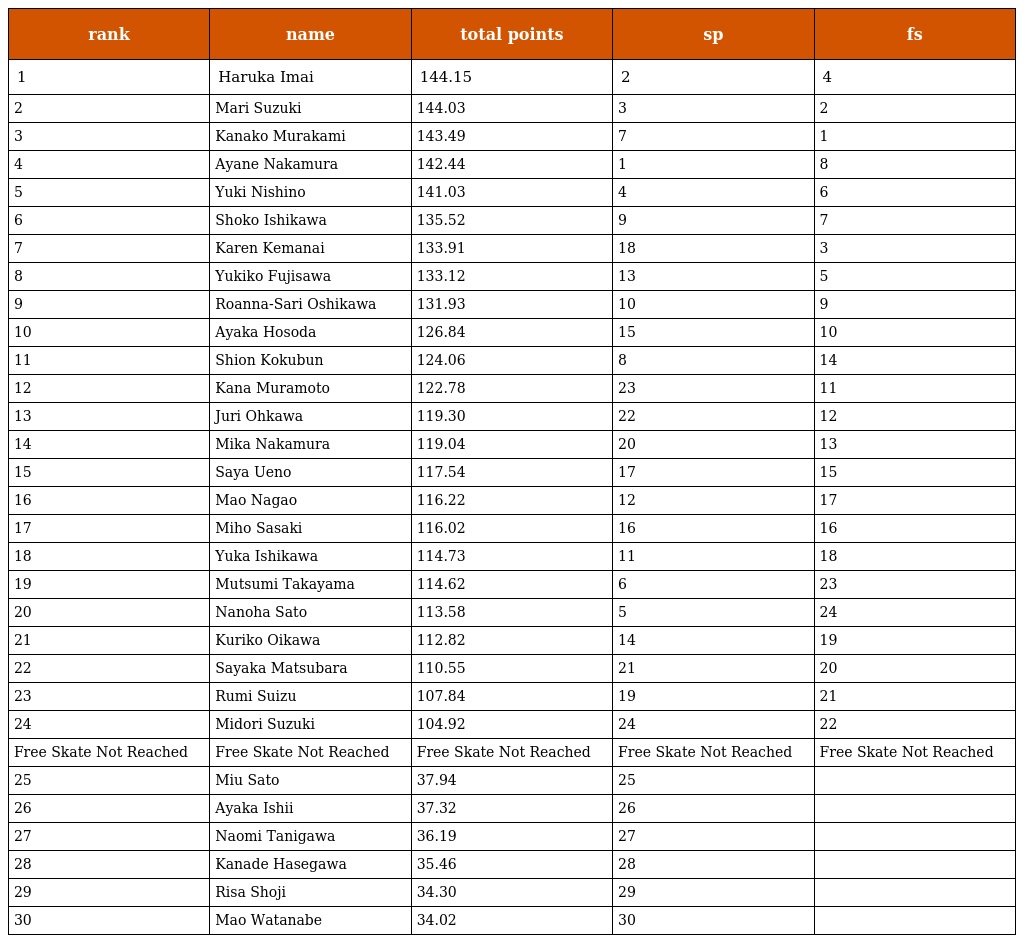
| rank | name | total points | sp | fs |
 | --- | --- | --- | --- | --- |
 | 1 | Haruka Imai | 144.15 | 2 | 4 |
 | 2 | Mari Suzuki | 144.03 | 3 | 2 |
 | 3 | Kanako Murakami | 143.49 | 7 | 1 |
 | 4 | Ayane Nakamura | 142.44 | 1 | 8 |
 | 5 | Yuki Nishino | 141.03 | 4 | 6 |
 | 6 | Shoko Ishikawa | 135.52 | 9 | 7 |
 | 7 | Karen Kemanai | 133.91 | 18 | 3 |
 | 8 | Yukiko Fujisawa | 133.12 | 13 | 5 |
 | 9 | Roanna-Sari Oshikawa | 131.93 | 10 | 9 |
 | 10 | Ayaka Hosoda | 126.84 | 15 | 10 |
 | 11 | Shion Kokubun | 124.06 | 8 | 14 |
 | 12 | Kana Muramoto | 122.78 | 23 | 11 |
 | 13 | Juri Ohkawa | 119.30 | 22 | 12 |
 | 14 | Mika Nakamura | 119.04 | 20 | 13 |
 | 15 | Saya Ueno | 117.54 | 17 | 15 |
 | 16 | Mao Nagao | 116.22 | 12 | 17 |
 | 17 | Miho Sasaki | 116.02 | 16 | 16 |
 | 18 | Yuka Ishikawa | 114.73 | 11 | 18 |
 | 19 | Mutsumi Takayama | 114.62 | 6 | 23 |
 | 20 | Nanoha Sato | 113.58 | 5 | 24 |
 | 21 | Kuriko Oikawa | 112.82 | 14 | 19 |
 | 22 | Sayaka Matsubara | 110.55 | 21 | 20 |
 | 23 | Rumi Suizu | 107.84 | 19 | 21 |
 | 24 | Midori Suzuki | 104.92 | 24 | 22 |
 | Free Skate Not Reached | Free Skate Not Reached | Free Skate Not Reached | Free Skate Not Reached | Free Skate Not Reached |
 | 25 | Miu Sato | 37.94 | 25 |  |
 | 26 | Ayaka Ishii | 37.32 | 26 |  |
 | 27 | Naomi Tanigawa | 36.19 | 27 |  |
 | 28 | Kanade Hasegawa | 35.46 | 28 |  |
 | 29 | Risa Shoji | 34.30 | 29 |  |
 | 30 | Mao Watanabe | 34.02 | 30 |  |